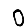
Digit: 0